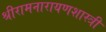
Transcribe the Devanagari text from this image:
श्रीरामनारायणशास्त्री